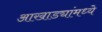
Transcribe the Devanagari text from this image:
आखाड्यांमध्ये